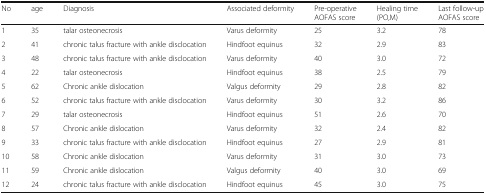
<table><thead><tr><td><b>No</b></td><td><b>age</b></td><td><b>Diagnosis</b></td><td><b>Associated deformity</b></td><td><b>Pre-operative AOFAS score</b></td><td><b>Healing time (PO,M)</b></td><td><b>Last follow-up AOFAS score</b></td></tr></thead><tbody><tr><td>1</td><td>35</td><td>talar osteonecrosis</td><td>Varus deformity</td><td>25</td><td>3.2</td><td>78</td></tr><tr><td>2</td><td>41</td><td>chronic talus fracture with ankle disclocation</td><td>Hindfoot equinus</td><td>32</td><td>2.9</td><td>83</td></tr><tr><td>3</td><td>48</td><td>chronic talus fracture with ankle disclocation</td><td>Varus deformity</td><td>40</td><td>3.0</td><td>72</td></tr><tr><td>4</td><td>22</td><td>talar osteonecrosis</td><td>Hindfoot equinus</td><td>38</td><td>2.5</td><td>79</td></tr><tr><td>5</td><td>62</td><td>Chronic ankle dislocation</td><td>Valgus deformity</td><td>29</td><td>2.8</td><td>82</td></tr><tr><td>6</td><td>52</td><td>chronic talus fracture with ankle disclocation</td><td>Varus deformity</td><td>30</td><td>3.2</td><td>86</td></tr><tr><td>7</td><td>29</td><td>talar osteonecrosis</td><td>Hindfoot equinus</td><td>51</td><td>2.6</td><td>70</td></tr><tr><td>8</td><td>57</td><td>Chronic ankle dislocation</td><td>Varus deformity</td><td>32</td><td>2.4</td><td>82</td></tr><tr><td>9</td><td>33</td><td>chronic talus fracture with ankle disclocation</td><td>Hindfoot equinus</td><td>27</td><td>2.9</td><td>81</td></tr><tr><td>10</td><td>58</td><td>Chronic ankle dislocation</td><td>Varus deformity</td><td>31</td><td>3.0</td><td>73</td></tr><tr><td>11</td><td>59</td><td>Chronic ankle dislocation</td><td>Valgus deformity</td><td>40</td><td>3.0</td><td>69</td></tr><tr><td>12</td><td>24</td><td>chronic talus fracture with ankle disclocation</td><td>Hindfoot equinus</td><td>45</td><td>3.0</td><td>75</td></tr></tbody></table>